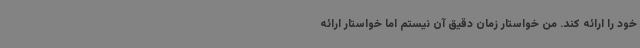
خود را ارائه کند. من خواستار زمان‌ دقیق آن نیستم اما خواستار ارائه